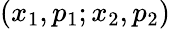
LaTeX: (x_{1},p_{1};x_{2},p_{2})